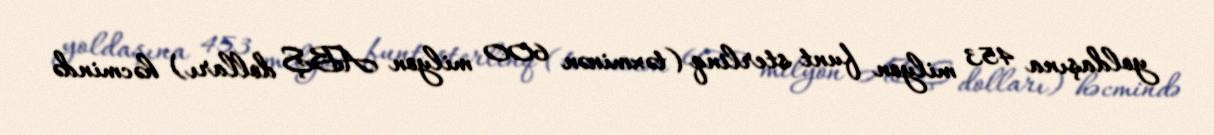
yoldaşına 453 milyon funt sterlinq (təxminən 600 milyon ABŞ dolları) həcmində